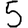
Digit: 5